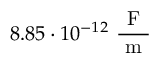
8 . 8 5 \cdot 1 0 ^ { - 1 2 } \ \frac { \mathrm { ~ F ~ } } { \mathrm { ~ m ~ } }